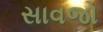
સાવજો